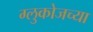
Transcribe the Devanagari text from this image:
ग्लुकोजच्या